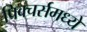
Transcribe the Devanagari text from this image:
पिक्‍चर्समध्ये